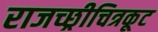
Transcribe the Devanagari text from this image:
राजच्छ्रीचित्रकूट